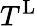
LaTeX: T^{\mathrm{L}}